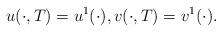
LaTeX: \begin{align*}u(\cdot,T)=u^1(\cdot), v(\cdot,T)=v^1(\cdot).\end{align*}